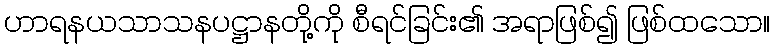
ဟာရနယသာသနပဋ္ဌာနတို့ကို စီရင်ခြင်း၏ အရာဖြစ်၍ ဖြစ်ထသော။